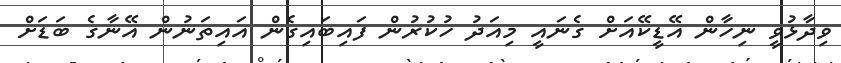
ވިދާޅުވީ ނިހާން އޭޑީކޭއަށް ގެނައީ މިއަދު ހުކުރުން ފައިބައިގެން އައިތަނުން އޭނާގެ ބަޑަށް